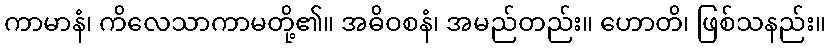
ကာမာနံ၊ ကိလေသာကာမတို့၏။ အဓိဝစနံ၊ အမည်တည်း။ ဟောတိ၊ ဖြစ်သနည်း။